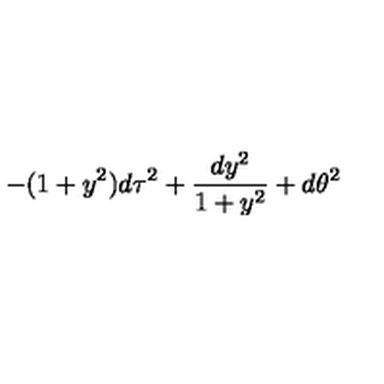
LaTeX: - ( 1 + y ^ { 2 } ) d \tau ^ { 2 } + { \frac { d y ^ { 2 } } { 1 + y ^ { 2 } } } + d \theta ^ { 2 }